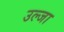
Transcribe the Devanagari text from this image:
उल्जा